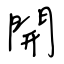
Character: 開